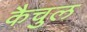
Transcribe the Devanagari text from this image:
कैचुल